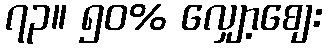
၇၃။ ၅၀% လျှော့စျေး